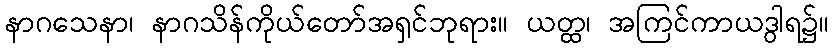
နာဂသေနာ၊ နာဂသိန်ကိုယ်တော်အရှင်ဘုရား။ ယတ္ထ၊ အကြင်ကာယဒွါရ၌။